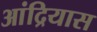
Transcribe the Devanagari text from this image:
आंद्रियास